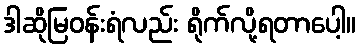
ဒါဆိုမြဝန်းရံလည်း ရိုက်လို့ရတာပေါ့။